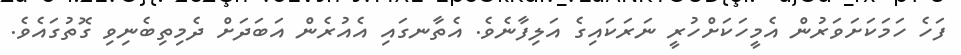
ފަހެ ހަމަކަށަވަރުން އެމީހަކަށްހުރީ ނަރަކައިގެ އަލިފާނެވެ. އެތާނގައި އެއުރެން އަބަދަށް ދެމިތިބެނިވި ގޮތުގައެވެ.